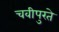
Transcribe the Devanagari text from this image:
चवीपुरते